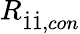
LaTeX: R_{\dot{1}\dot{1},con}